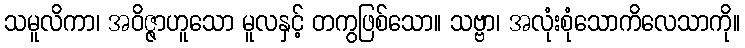
သမူလိကာ၊ အဝိဇ္ဇာဟူသော မူလနှင့် တကွဖြစ်သော။ သဗ္ဗာ၊ အလုံးစုံသောကိလေသာကို။